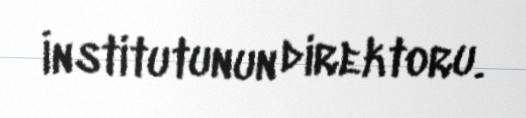
İnstitutunun direktoru.